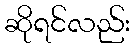
ဆိုရင်လည်း